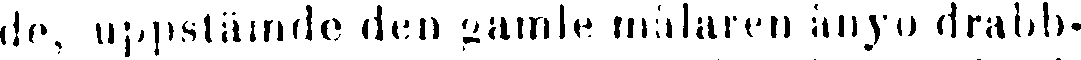
de, uppstämde den gamle målaren ånyo drabb-